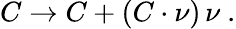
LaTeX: C\to C+(C\cdot\nu)\, \nu\ .